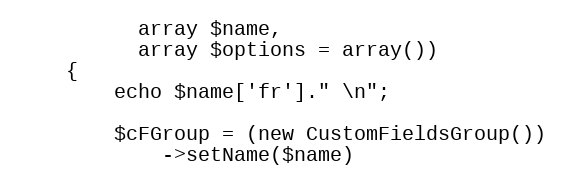
Language: PHP
          array $name,
          array $options = array())
    {
        echo $name['fr']." \n";

        $cFGroup = (new CustomFieldsGroup())
            ->setName($name)